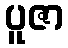
ပူဇာ